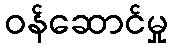
ဝန်ဆောင်မှု